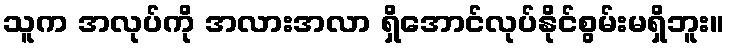
သူက အလုပ်ကို အလားအလာ ရှိအောင်လုပ်နိုင်စွမ်းမရှိဘူး။